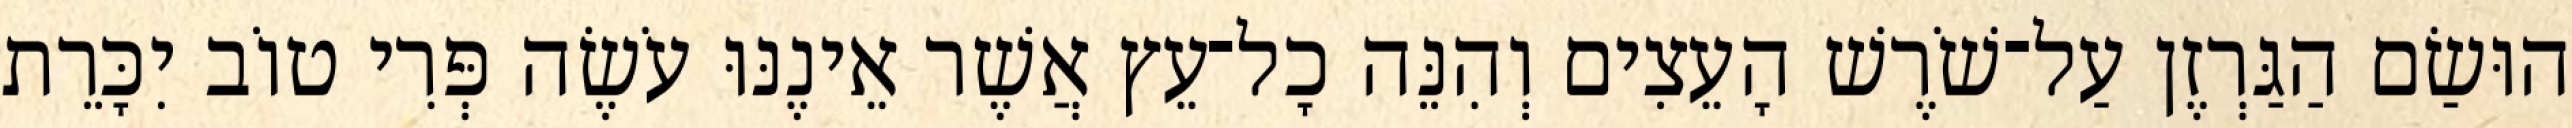
הוּשַׂם הַגַּרְזֶן עַל־שֹׁרֶשׁ הָעֵצִים וְהִנֵּה כָל־עֵץ אֲשֶׁר אֵינֶנּוּ עֹשֶׂה פְּרִי טוֹב יִכָּרֵת